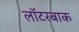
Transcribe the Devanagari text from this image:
लॉटरबाक